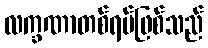
လက္ခဏာတစ်ရပ်ဖြစ်သည်